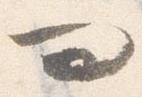
問